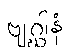
ဗျဂ္ဃါနံ